Relation of titanus [i.e. tetanus] to the hypodermic or intramuscular injection of quinine - Number 43
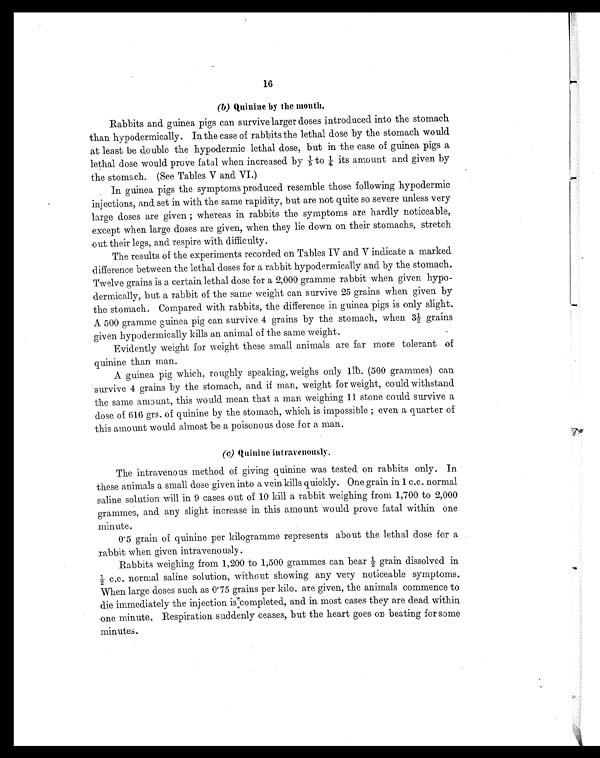
16
(b) Quinine by the month.
Rabbits and guinea pigs can survive larger doses introduced into the stomach
than hypodermically. In the case of rabbits the lethal dose by the stomach would
at least be double the hypodermic lethal dose, but in the case of guinea pigs a
lethal dose would prove fatal when increased by 1/5to¼ its amount and given by
the stomach. (See Tables V and VI.)
In guinea pigs the symptoms produced resemble those following hypodermic
injections, and set in with the same rapidity, but are not quite so severe unless very
large doses are given ; whereas in rabbits the symptoms are hardly noticeable,
except when large doses are given, when they lie down on their stomachs, stretch
out their legs, and respire with difficulty.
The results of the experiments recorded on Tables IV and V indicate a marked
difference between the lethal doses for a rabbit hypodermically and by the stomach.
Twelve grains is a certain lethal dose for a 2,000 gramme rabbit when given hypo-
dermically, but a rabbit of the same weight can survive 25 grains when given by
the stomach. Compared with rabbits, the difference in guinea pigs is only slight.
A 500 gramme guinea pig can survive 4 grains by the stomach, when 3½ grains
given hypodermically kills an animal of the same weight.
Evidently weight for weight these small animals are far more tolerant of
quinine than man.
A guinea pig which, roughly speaking, weighs only lib. (500 grammes) can
survive 4 grains by the stomach, and. if man, weight for weight, could withstand
the same amount, this would mean that a man weighing 11 stone could survive a
dose of 616 grs. of quinine by the stomach, which is impossible ; even a quarter of
this amount would almost be a poisonous dose for a man.
(c) Quinine intravenously.
The intravenous method of giving quinine was tested on rabbits only. In
these animals a small dose given into a vein kills quickly. One grain in 1 c.c. normal
saline solution will in 9 cases out of 10 kill a rabbit weighing from 1,700 to 2,000
grammes, and any slight increase in this amount would prove fatal within one
minute.
0.5 grain of quinine per kilogramme represents about the lethal dose for a
rabbit when given intravenously.
Rabbits weighing from 1,200 to 1,500 grammes can bear ½g r a i n d i s s o l v e d i n
½ c.c.. normal saline solution, without showing any very noticeable symptoms.
When large doses such as 0.75 grains per kilo. are given, the animals commence to
die immediately the injection is completed, and in most cases they are dead within
one minute. Respiration suddenly ceases, but the heart goes on beating for some
minutes.